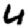
Digit: 4